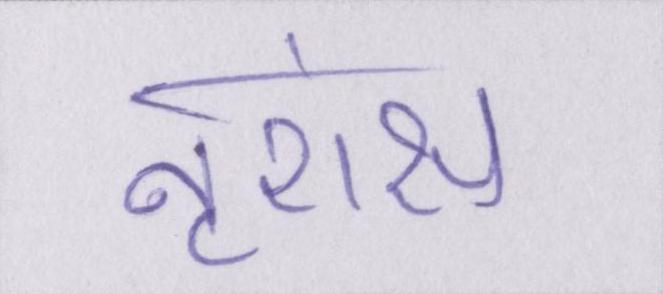
नृशंस